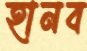
হানব